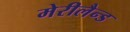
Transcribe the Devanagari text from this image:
मेरीलैन्ड